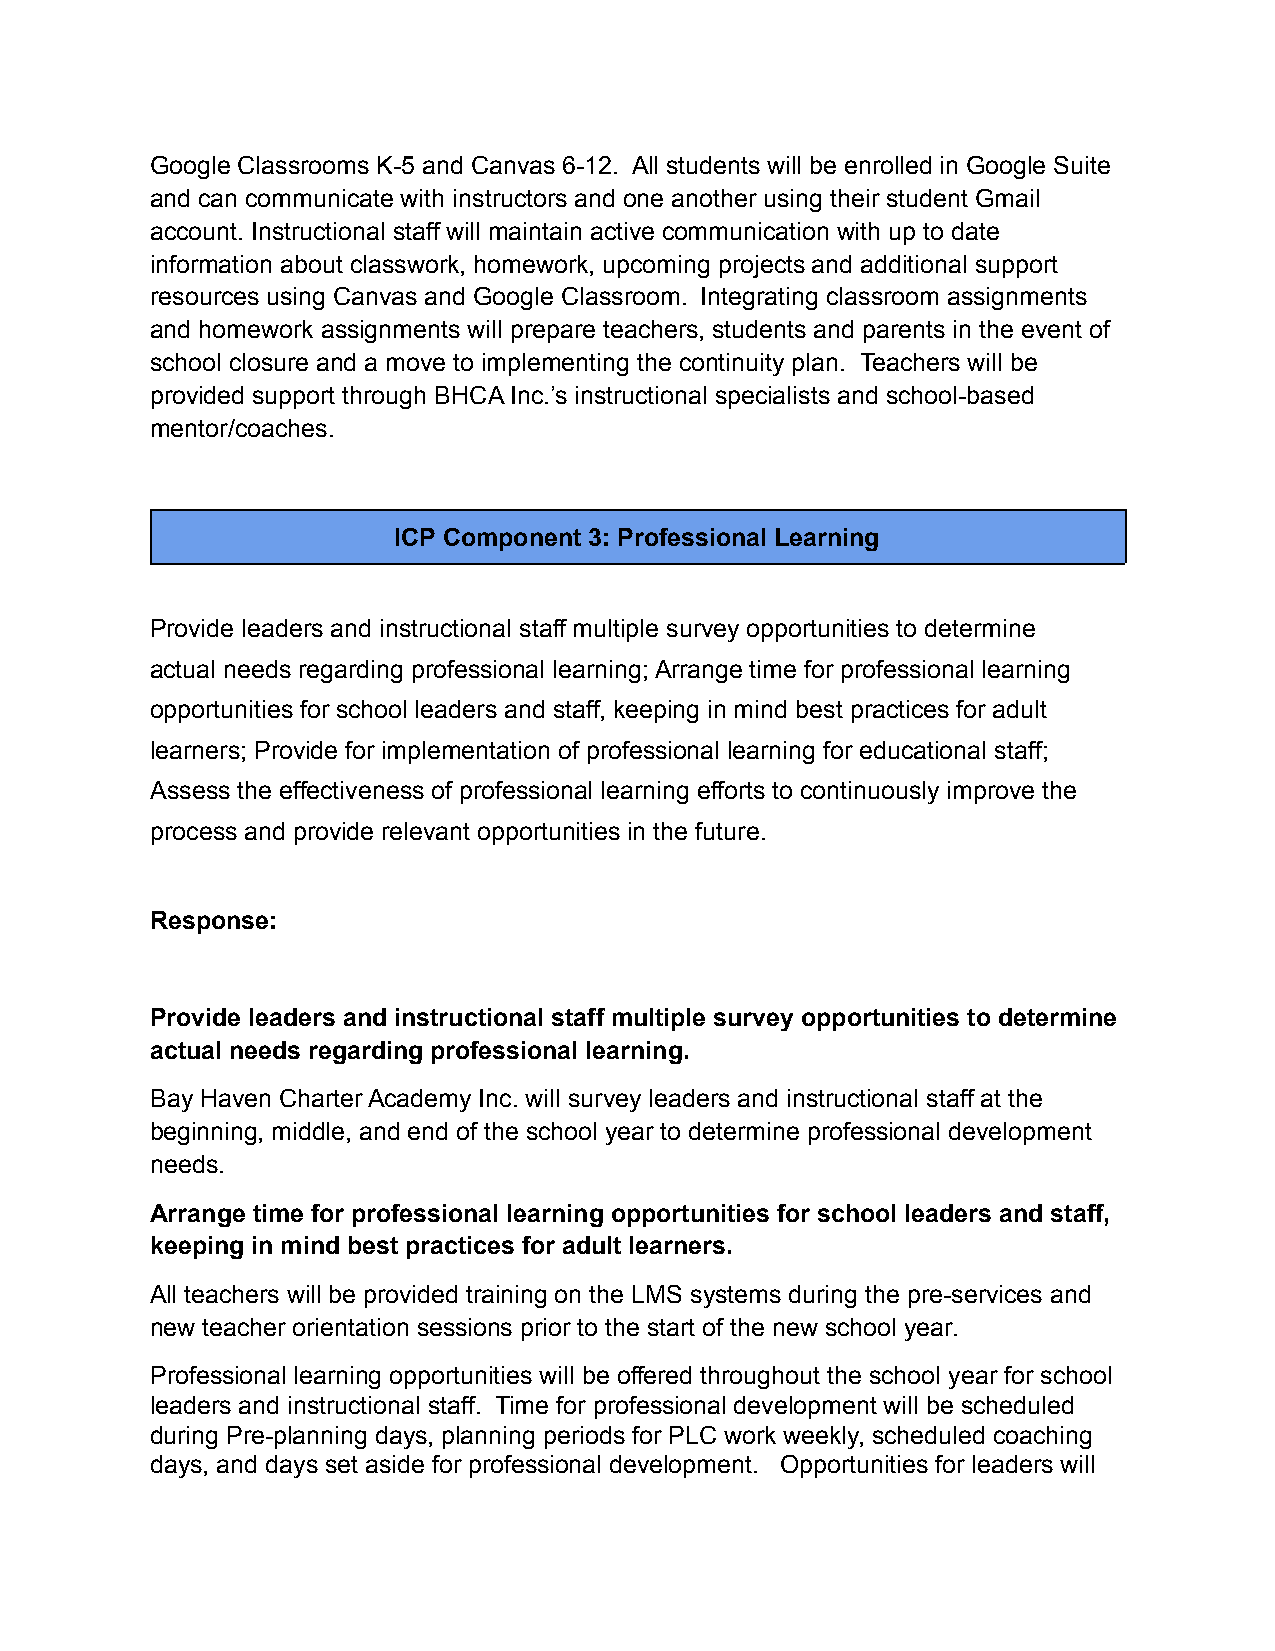
Google Classrooms K-5 and Canvas 6-12. All students will be enrolled in Google Suite
 and can communicate with instructors and one another using their student Gmail
 account. Instructional staff will maintain active communication with up to date
 information about classwork, homework, upcoming projects and additional support
 resources using Canvas and Google Classroom. Integrating classroom assignments
 and homework assignments will prepare teachers, students and parents in the event of
 school closure and a move to implementing the continuity plan. Teachers will be
 provided support through BHCA Inc.’s instructional specialists and school-based
 mentor/coaches.
 ICP Component 3: Professional Learning
 Provide leaders and instructional staff multiple survey opportunities to determine
 actual needs regarding professional learning; Arrange time for professional learning
 opportunities for school leaders and staff, keeping in mind best practices for adult
 learners; Provide for implementation of professional learning for educational staff;
 Assess the effectiveness of professional learning efforts to continuously improve the
 process and provide relevant opportunities in the future.
 Response:
 Provide leaders and instructional staff multiple survey opportunities to determine
 actual needs regarding professional learning.
 Bay Haven Charter Academy Inc. will survey leaders and instructional staff at the
 beginning, middle, and end of the school year to determine professional development
 needs.
 Arrange time for professional learning opportunities for school leaders and staff,
 keeping in mind best practices for adult learners.
 All teachers will be provided training on the LMS systems during the pre-services and
 new teacher orientation sessions prior to the start of the new school year.
 Professional learning opportunities will be offered throughout the school year for school
 leaders and instructional staff. Time for professional development will be scheduled
 during Pre-planning days, planning periods for PLC work weekly, scheduled coaching
 days, and days set aside for professional development. Opportunities for leaders will